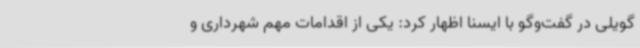
گویلی در گفت‌وگو با ایسنا اظهار کرد: یکی از اقدامات مهم شهرداری و